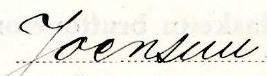
Joensuu